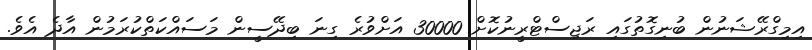
އިމިގްރޭޝަނުން ބުނިގޮތުގައި ރަޖިސްޓްރީނުކޮށް 30000 އަށްވުރެ ގިނަ ބިދޭސީން މަސައްކަތްކުރަމުން އާދެ އެވެ.